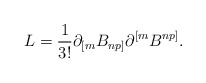
\begin{align*}L={1\over{3!}}\partial_{[m}B_{np]}\partial^{[m}B^{np]}.\end{align*}